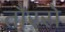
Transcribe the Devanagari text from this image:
तौरसे